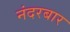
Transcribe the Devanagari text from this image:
नंदरबार